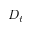
D _ { t }